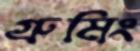
গ্রুমিং